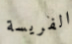
الفريسة